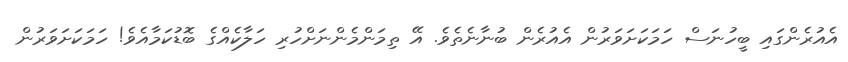
އެއުރެންގައި ބީހުނަސް ހަމަކަށަވަރުން އެއުރެން ބުނާނެތެވެ. އޭ ތިމަންމެންނަށްހުރި ހަލާކެއްގެ ބޮޑުކަމާއެވެ! ހަމަކަށަވަރުން